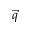
\vec { q }